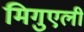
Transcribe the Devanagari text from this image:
मिगुएली